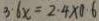
3 \cdot 6 x = 2 . 4 \times 0 . 6